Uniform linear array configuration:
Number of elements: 8
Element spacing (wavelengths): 1
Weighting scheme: hamming
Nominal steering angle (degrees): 45
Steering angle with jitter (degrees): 43.714
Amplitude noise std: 0.05
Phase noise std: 0.05

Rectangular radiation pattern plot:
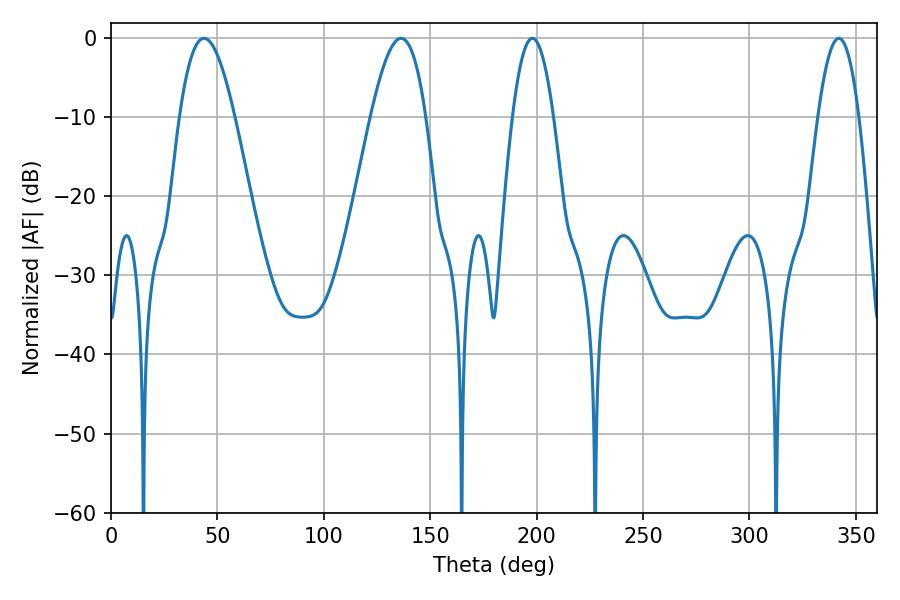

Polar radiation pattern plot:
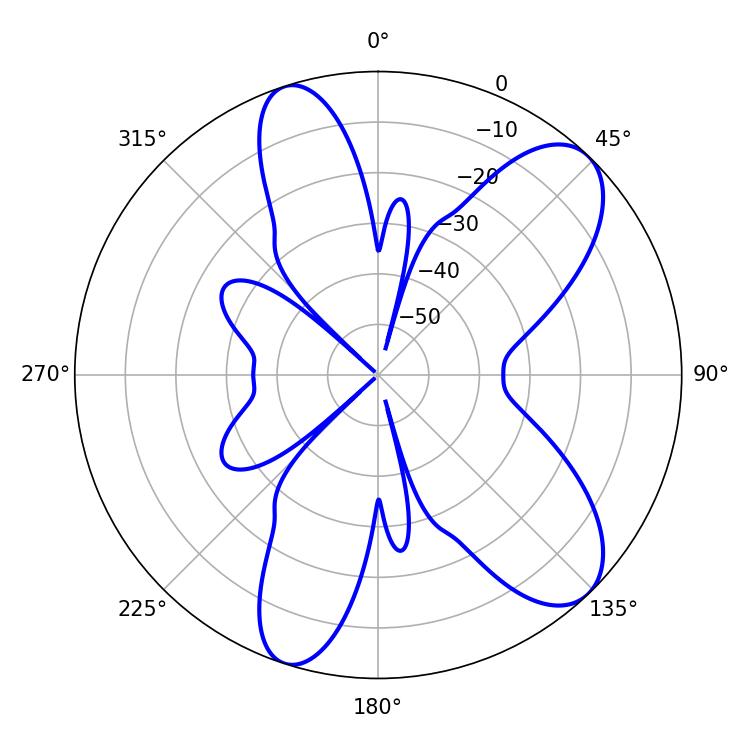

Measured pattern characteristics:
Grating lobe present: TRUE
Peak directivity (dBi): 9.078
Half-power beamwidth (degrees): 10.62
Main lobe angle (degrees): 198